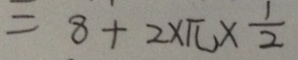
= 8 + 2 \times \pi \times \frac { 1 } { 2 }